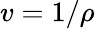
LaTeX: v=1/\rho